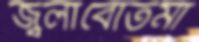
জ্বলাবোতমা